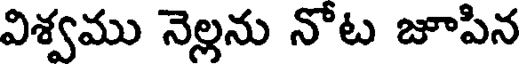
విశ్వము నెల్లను నోట జూపిన